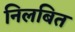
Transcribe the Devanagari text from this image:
निलबित